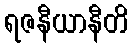
ရဇနီယာနီတိ